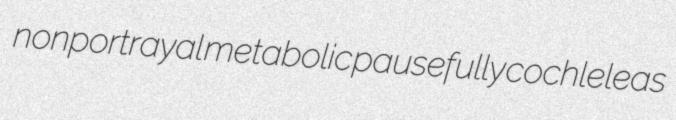
nonportrayal metabolic pausefully cochleleas